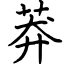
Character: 莽